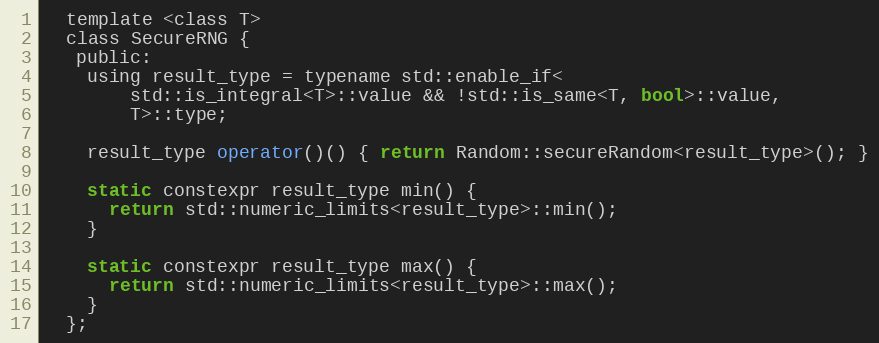
Language: C
  template <class T>
  class SecureRNG {
   public:
    using result_type = typename std::enable_if<
        std::is_integral<T>::value && !std::is_same<T, bool>::value,
        T>::type;

    result_type operator()() { return Random::secureRandom<result_type>(); }

    static constexpr result_type min() {
      return std::numeric_limits<result_type>::min();
    }

    static constexpr result_type max() {
      return std::numeric_limits<result_type>::max();
    }
  };